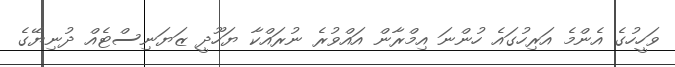
ވަހީހުގެ އެންމެ އަރިހުގައެ ހުންނަ އިމްރާން އައްވުރެ ނުރައްކާ ޔަހޫދީ ޒަޔަނިސްޓެއް ދުނިޔޭގެ